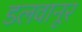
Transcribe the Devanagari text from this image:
डलवानूर